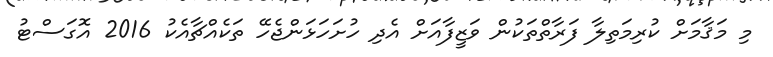
މި މަޤާމަށް ކުރިމަތިލާ ފަރާތްތަކުން ވަޒީފާއަށް އެދި ހުށަހަޅަންޖެހޭ ތަކެއްޗާއެކު 2016 އޮގަސްޓު